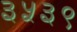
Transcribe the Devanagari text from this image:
३५३९